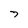
Character: 7